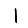
Digit: 1